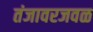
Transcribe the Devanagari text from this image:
तंजावरजवळ